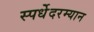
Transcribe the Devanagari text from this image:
स्पर्धेेदरम्यान